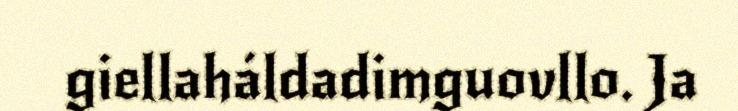
giellaháldadimguovllo. Ja